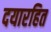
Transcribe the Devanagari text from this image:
दयारहित